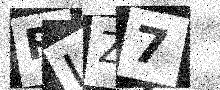
Text: PIZ7